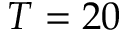
T = 2 0